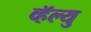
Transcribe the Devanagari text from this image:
व्हॅल्यु